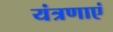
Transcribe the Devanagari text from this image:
यंत्रणाएं